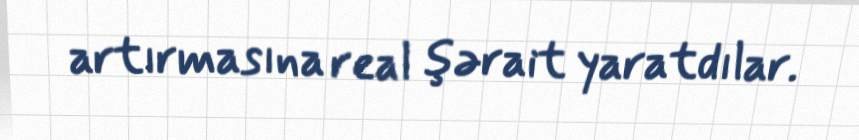
artırmasına real şərait yaratdılar.